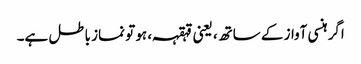
اگر ہنسی آواز کے ساتھ، یعنی قہقہہ ، ہو تو نماز باطل ہے۔